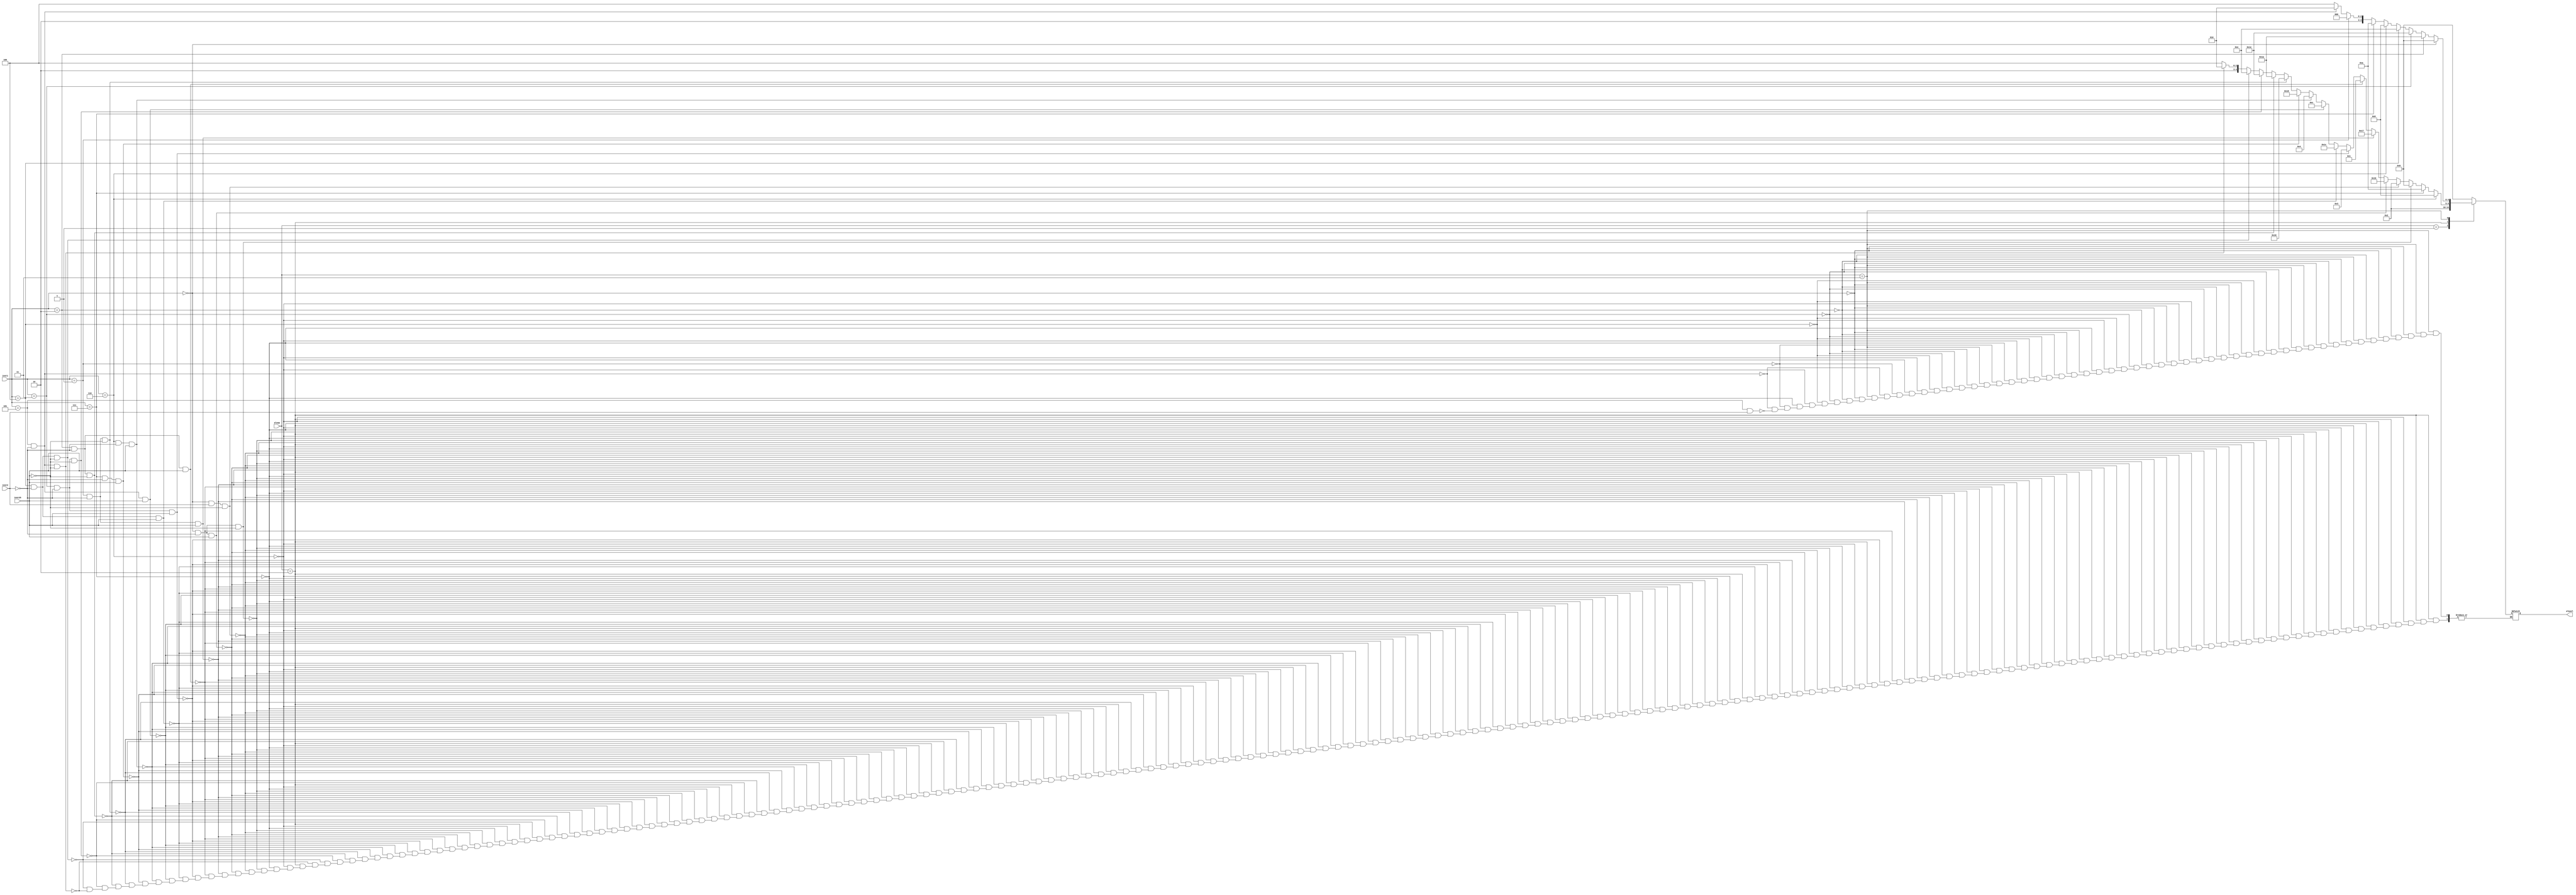
`timescale 1ns / 1ps
//////////////////////////////////////////////////////////////////////////////////
// Company: 
// Engineer: 
// 
// Design Name: 
// Module Name: alucontrol
// Project Name: 
// Target Devices: 
// Tool Versions: 
// Description: 
// 
// Dependencies: 
// 
// Revision:
// Revision 0.01 - File Created
// Additional Comments:
// 

/*******************************************************************
*
* Module: alucontrol.v
* Project: RV32
* Description: alu control signals
*

**********************************************************************/
//////////////////////////////////////////////////////////////////////////////////


module alucontrol(

input [2:0]inst1,
input inst2,
input inst25,
output reg [4:0] alusel,
input  [1:0] aluop
    );
     /*        4'b00_00 : r = add;
            4'b00_01 : r = add;
            4'b00_11 : r = b;
            // logic
            4'b01_00:  r = a | b;
            4'b01_01:  r = a & b;
            4'b01_11:  r = a ^ b;
            // shift
            4'b10_00:  r=sh; //sll
            4'b10_01:  r=sh; //srl
            4'b10_10:  r=sh; //sra
            // slt & sltu
            4'b11_01:  r = {31'b0,(sf != vf)}; 
            4'b11_11:  r = {31'b0,(~cf)};   
          */  
          

 always @(*)
 begin
case (aluop)
 2'b00:alusel = 5'b00_000; //add
 2'b01:alusel = 5'b00_010; //sub
 2'b10:begin
     if(inst1 == 3'b110) alusel = 5'b01_000; //or
     else if(inst1 == 3'b111) alusel = 5'b01_010; //and
     else if (inst1 == 3'b000 && inst2 == 0 && inst25 == 0) alusel = 5'b00_000; //add
     else if (inst1 == 3'b000 && inst2 == 1 && inst25 == 0) alusel = 5'b00_010; //sub
     
     else if (inst1 == 3'b000 && inst2 == 0 && inst25 == 1) alusel = 5'b10_110; //mul
     else if (inst1 == 3'b001 && inst2 == 0 && inst25 == 1) alusel = 5'b10_111; //mulh
     else if (inst1 == 3'b010 && inst2 == 0 && inst25 == 1) alusel = 5'b00_001; //mulhsu
     else if (inst1 == 3'b011 && inst2 == 0 && inst25 == 1) alusel = 5'b00_011; //mulhu
     else if (inst1 == 3'b100 && inst2 == 0 && inst25 == 1) alusel = 5'b11_100; //div
     else if (inst1 == 3'b101 && inst2 == 0 && inst25 == 1) alusel = 5'b01_100; //divu
     else if (inst1 == 3'b110 && inst2 == 0 && inst25 == 1) alusel = 5'b00_100; //rem
     else if (inst1 == 3'b111 && inst2 == 0 && inst25 == 1) alusel = 5'b11_000; //remu
     
     else if (inst1 == 3'b001 && inst2 == 0 && inst25 == 0) alusel = 5'b10_000; //sll 
     else if (inst1 == 3'b010 && inst2 == 0 && inst25 == 0) alusel = 5'b11_010; //slt
     else if (inst1 == 3'b011 && inst2 == 0 && inst25 == 0) alusel = 5'b11_110; //sltu
     else if (inst1 == 3'b100 && inst2 == 0 && inst25 == 0) alusel = 5'b01_110; //xor
     else if (inst1 == 3'b101 && inst2 == 0 && inst25 == 0) alusel = 5'b10_010; //srl
     else if (inst1 == 3'b101 && inst2 == 0 && inst25 == 0) alusel = 5'b10_100; //sra
     
  end
  2'b11: begin
      if(inst1 == 3'b000) alusel = 5'b00_000; //addi
      else if(inst1 == 3'b010) alusel = 5'b11_010; //slti
      else if(inst1 == 3'b011) alusel = 5'b11_110; //sltiu
      else if(inst1 == 3'b100) alusel = 5'b01_110; // xori
      else if(inst1 == 3'b110) alusel = 5'b01_000; //ori
      else if(inst1 == 3'b111) alusel = 5'b01_010; // andi
      else if(inst1 == 3'b001) alusel = 5'b10_000; //slli
      else if(inst1 == 3'b101 && inst2 == 0) alusel = 5'b10_010; //srli
      else if(inst1 == 3'b101 && inst2 == 1) alusel = 5'b10_100; //srai
  end
 default: alusel= 5'b00_110;
 endcase
 end
endmodule